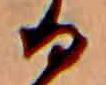
る